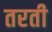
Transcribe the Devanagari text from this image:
तरती